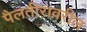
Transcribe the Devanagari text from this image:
पैलतीरावरील